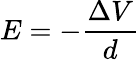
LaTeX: E=-{\frac{\Delta V}{d}}